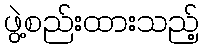
ဖွဲ့စည်းထားသည့်